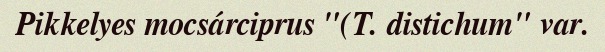
Pikkelyes mocsárciprus "(T. distichum" var.